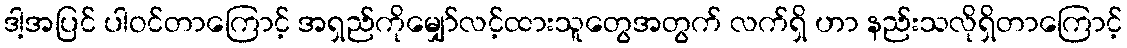
ဒါ့အပြင် ပါဝင်တာကြောင့် အရှည်ကိုမျှော်လင့်ထားသူတွေအတွက် လက်ရှိ ဟာ နည်းသလိုရှိတာကြောင့်